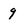
Character: 9